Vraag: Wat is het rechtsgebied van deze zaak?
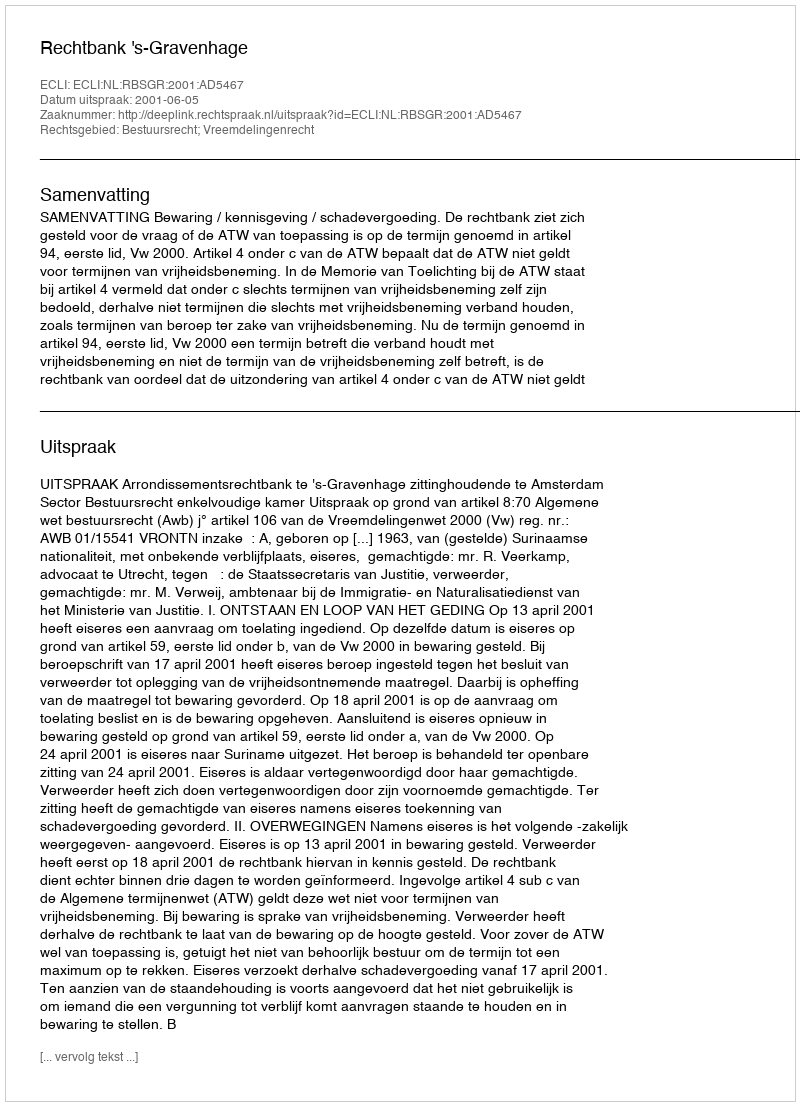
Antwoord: Bestuursrecht; Vreemdelingenrecht